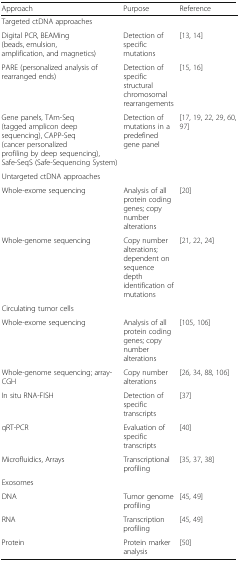
<table><thead><tr><td><b>Approach</b></td><td><b>Purpose</b></td><td><b>Reference</b></td></tr></thead><tbody><tr><td colspan="3">Targeted ctDNA approaches</td></tr><tr><td>Digital PCR, BEAMing (beads, emulsion, amplification, and magnetics)</td><td>Detection of specific mutations</td><td>[13, 14]</td></tr><tr><td>PARE (personalized analysis of rearranged ends)</td><td>Detection of specific structural chromosomal rearrangements</td><td>[15, 16]</td></tr><tr><td>Gene panels, TAm-Seq (tagged amplicon deep sequencing), CAPP-Seq (cancer personalized profiling by deep sequencing), Safe-SeqS (Safe-Sequencing System)</td><td>Detection of mutations in a predefined gene panel</td><td>[17, 19, 22, 29, 60, 97]</td></tr><tr><td colspan="3">Untargeted ctDNA approaches</td></tr><tr><td>Whole-exome sequencing</td><td>Analysis of all protein coding genes; copy number alterations</td><td>[20]</td></tr><tr><td>Whole-genome sequencing</td><td>Copy number alterations; dependent on sequence depth identification of mutations</td><td>[21, 22, 24]</td></tr><tr><td colspan="3">Circulating tumor cells</td></tr><tr><td>Whole-exome sequencing</td><td>Analysis of all protein coding genes; copy number alterations</td><td>[105, 106]</td></tr><tr><td>Whole-genome sequencing; array-CGH</td><td>Copy number alterations</td><td>[26, 34, 88, 106]</td></tr><tr><td>In situ RNA-FISH</td><td>Detection of specific transcripts</td><td>[37]</td></tr><tr><td>qRT-PCR</td><td>Evaluation of specific transcripts</td><td>[40]</td></tr><tr><td>Microfluidics, Arrays</td><td>Transcriptional profiling</td><td>[35, 37, 38]</td></tr><tr><td colspan="3">Exosomes</td></tr><tr><td>DNA</td><td>Tumor genome profiling</td><td>[45, 49]</td></tr><tr><td>RNA</td><td>Transcription profiling</td><td>[45, 49]</td></tr><tr><td>Protein</td><td>Protein marker analysis</td><td>[50]</td></tr></tbody></table>